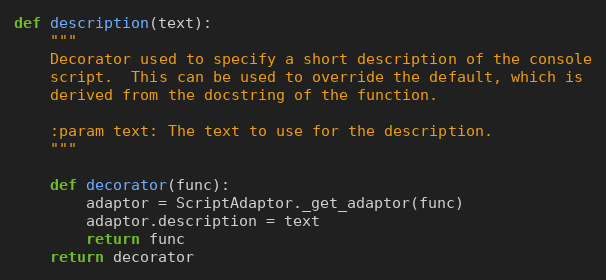
Language: Python
def description(text):
    """
    Decorator used to specify a short description of the console
    script.  This can be used to override the default, which is
    derived from the docstring of the function.

    :param text: The text to use for the description.
    """

    def decorator(func):
        adaptor = ScriptAdaptor._get_adaptor(func)
        adaptor.description = text
        return func
    return decorator